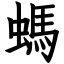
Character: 螞